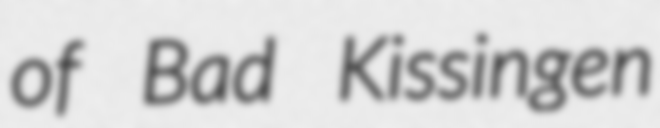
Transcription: of Bad Kissingen